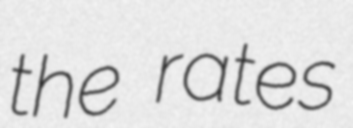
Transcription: the rates